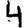
Digit: 4